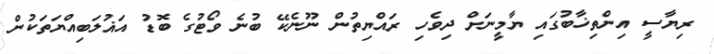
ރިޔާސީ އިންތިޚާބުގައި ޔާމީނަށް ދިވެހި ރައްޔިތުން ނޫނެކޭ ބުނެ ވޯޓުގެ ބޮޑު އަޣުލަބިއްޔަތަކުން